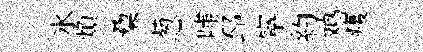
氷煩蔾葱晡邳寜約鸡痍